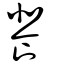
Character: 餥